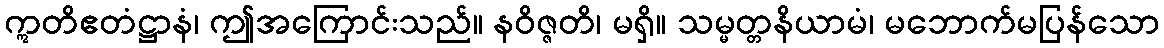
ဣတိဧတံဋ္ဌာနံ၊ ဤအကြောင်းသည်။ နဝိဇ္ဇတိ၊ မရှိ။ သမ္မတ္တနိယာမံ၊ မဘောက်မပြန်သော